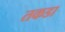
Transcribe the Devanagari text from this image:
तकडा